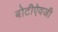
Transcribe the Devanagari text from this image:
बोटीऐवजी